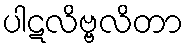
ပါဋလိဗ္ဗလိတာ